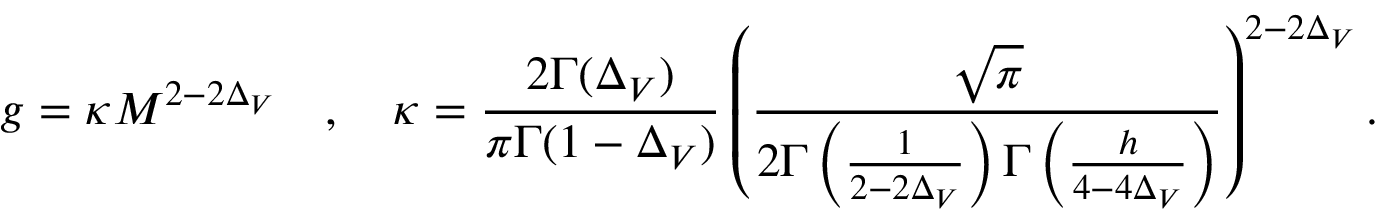
g = \kappa M ^ { 2 - 2 \Delta _ { V } } \quad , \quad \kappa = \frac { 2 \Gamma ( \Delta _ { V } ) } { \pi \Gamma ( 1 - \Delta _ { V } ) } \left( \frac { \sqrt { \pi } } { 2 \Gamma \left( \frac { 1 } { 2 - 2 \Delta _ { V } } \right) \Gamma \left( \frac { h } { 4 - 4 \Delta _ { V } } \right) } \right) ^ { 2 - 2 \Delta _ { V } } .